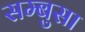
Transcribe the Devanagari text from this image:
सम्बुसा